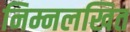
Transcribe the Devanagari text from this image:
निम्नलखित